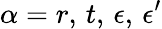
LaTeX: \alpha=r,\, t,\, \epsilon,\, \epsilon^{\prime}